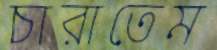
চারাতেম